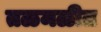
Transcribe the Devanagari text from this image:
तळमळीत